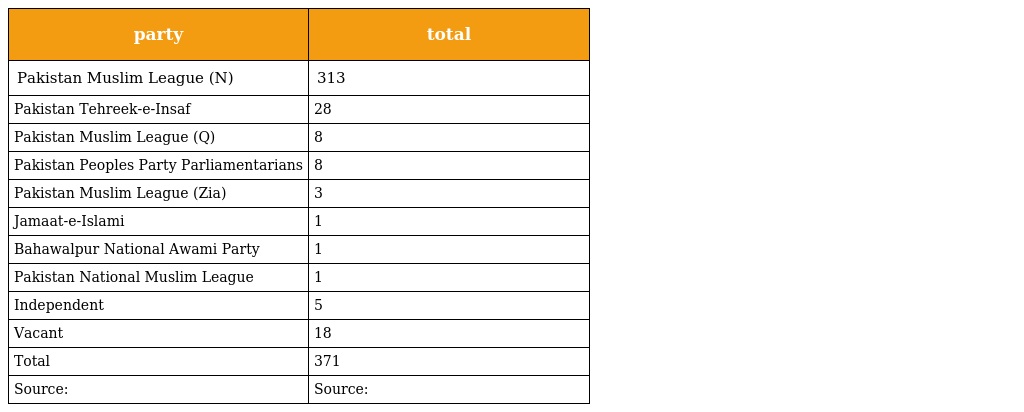
| party | total |
 | --- | --- |
 | Pakistan Muslim League (N) | 313 |
 | Pakistan Tehreek-e-Insaf | 28 |
 | Pakistan Muslim League (Q) | 8 |
 | Pakistan Peoples Party Parliamentarians | 8 |
 | Pakistan Muslim League (Zia) | 3 |
 | Jamaat-e-Islami | 1 |
 | Bahawalpur National Awami Party | 1 |
 | Pakistan National Muslim League | 1 |
 | Independent | 5 |
 | Vacant | 18 |
 | Total | 371 |
 | Source: | Source: |